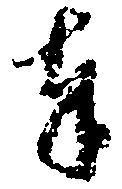
奉